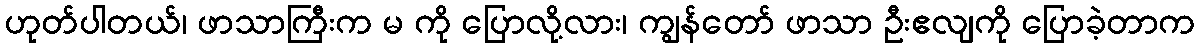
ဟုတ်ပါတယ်၊ ဖာသာကြီးက မ ကို ပြောလို့လား၊ ကျွန်တော် ဖာသာ ဦးဧလျကို ပြောခဲ့တာက